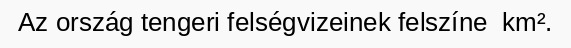
Az ország tengeri felségvizeinek felszíne  km².